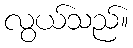
လွယ်သည်။